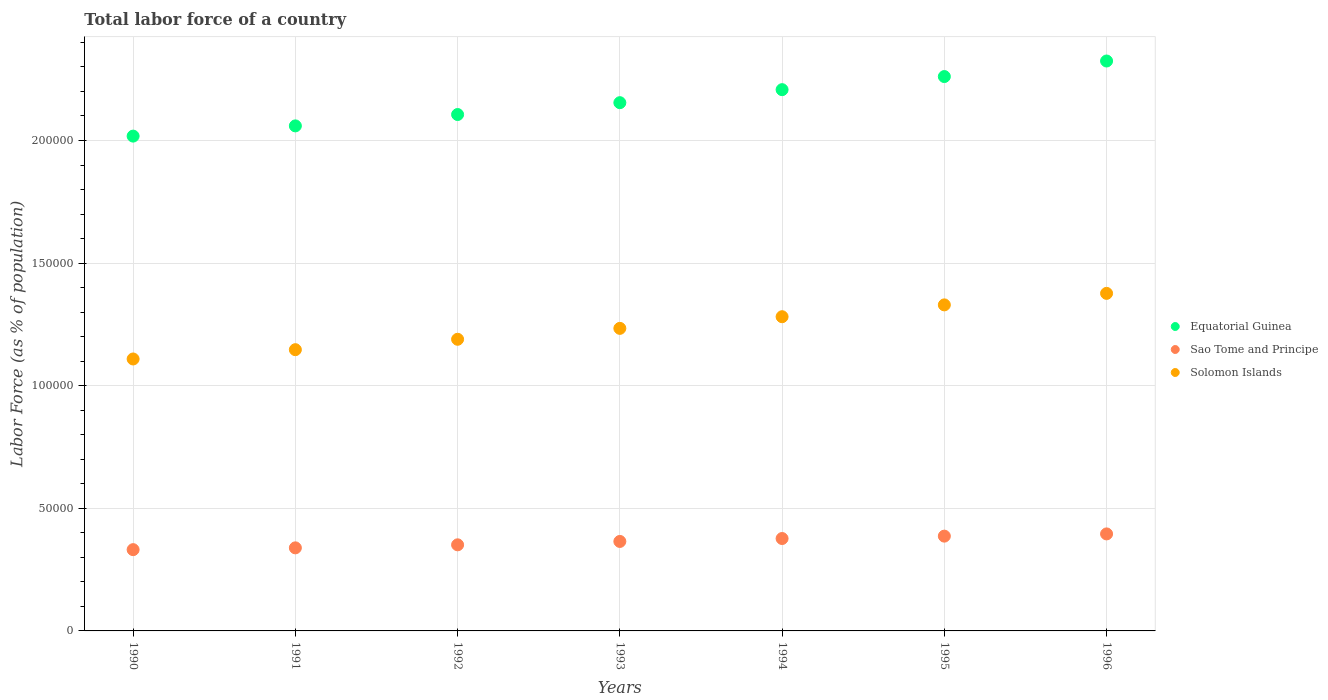
| Years | Equatorial Guinea | Sao Tome and Principe | Solomon Islands |
 | --- | --- | --- | --- |
 | 1990 | 2.02e+05 | 3.31e+04 | 1.11e+05 |
 | 1991 | 2.06e+05 | 3.39e+04 | 1.15e+05 |
 | 1992 | 2.11e+05 | 3.51e+04 | 1.19e+05 |
 | 1993 | 2.15e+05 | 3.65e+04 | 1.23e+05 |
 | 1994 | 2.21e+05 | 3.77e+04 | 1.28e+05 |
 | 1995 | 2.26e+05 | 3.87e+04 | 1.33e+05 |
 | 1996 | 2.32e+05 | 3.96e+04 | 1.38e+05 |